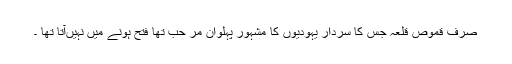
صرف قموص قلعہ جس کا سردار یہودیوں کا مشہور پہلوان مر حب تھا فتح ہونے میں نہیںآتا تھا ۔